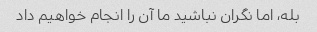
بله، اما نگران نباشید ما آن را انجام خواهیم داد